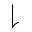
\downharpoonright